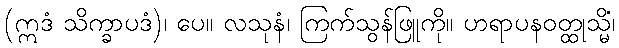
(ဣဒံ သိက္ခာပဒံ)၊ ပေ။ လသုနံ၊ ကြက်သွန်ဖြူကို။ ဟရာပနဝတ္ထုသ္မိံ၊